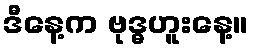
ဒီနေ့က ဗုဒ္ဓဟူးနေ့။